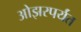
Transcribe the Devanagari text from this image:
ओझरपर्यंत